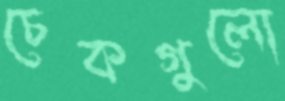
চেকগুলো